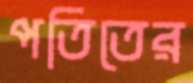
পতিতের